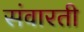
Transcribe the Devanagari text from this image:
संवारती